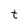
Character: t